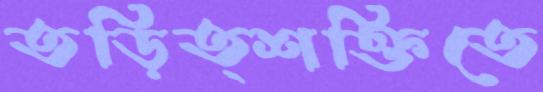
তড়িত্শক্তিতে